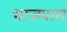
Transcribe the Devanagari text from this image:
भाजपास